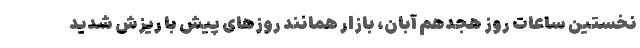
نخستین ساعات روز هجدهم آبان، بازار همانند روزهای پیش با ریزش شدید